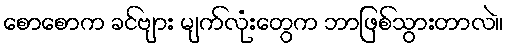
စောစောက ခင်ဗျား မျက်လုံးတွေက ဘာဖြစ်သွားတာလဲ။